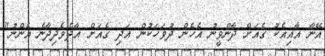
އޭނާ އާއިއެކު ގެއަށް ދާންވީނު އެހެން ދުވަހަކުން އަދި ގެއަށް އާދެވެދިދާނެ އެންނު"